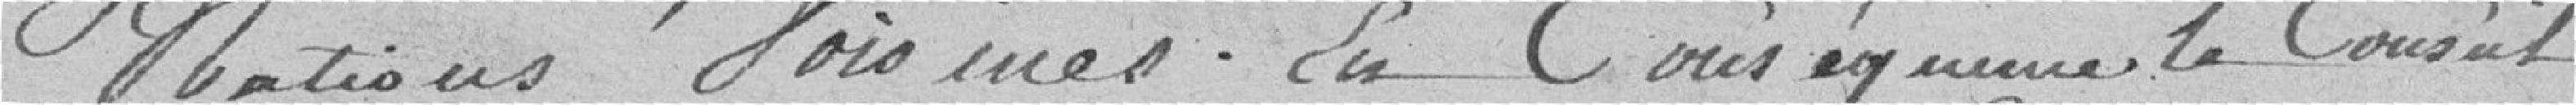
nations voisines. En conséquence, le Conseil